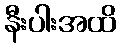
နီးပါးအထိ